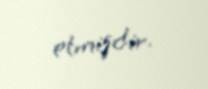
etmişdir.